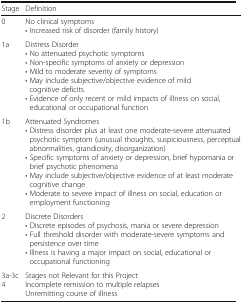
<table><thead><tr><td><b>Stage</b></td><td><b>Definition</b></td></tr></thead><tbody><tr><td>0</td><td>No clinical symptoms• Increased risk of disorder (family history)</td></tr><tr><td>1a</td><td>Distress Disorder• No attenuated psychotic symptoms• Non-specific symptoms of anxiety or depression• Mild to moderate severity of symptoms• May include subjective/objective evidence of mild cognitive deficits.• Evidence of only recent or mild impacts of illness on social, educational or occupational function</td></tr><tr><td>1b</td><td>Attenuated Syndromes• Distress disorder plus at least one moderate-severe attenuated psychotic symptom (unusual thoughts, suspiciousness, perceptual abnormalities, grandiosity, disorganization)• Specific symptoms of anxiety or depression, brief hypomania or brief psychotic phenomena• May include subjective/objective evidence of at least moderate cognitive change• Moderate to severe impact of illness on social, education or employment functioning</td></tr><tr><td>2</td><td>Discrete Disorders• Discrete episodes of psychosis, mania or severe depression• Full threshold disorder with moderate-severe symptoms and persistence over time• Illness is having a major impact on social, educational or occupational functioning</td></tr><tr><td>3a-3c4</td><td>Stages not Relevant for this ProjectIncomplete remission to multiple relapsesUnremitting course of illness</td></tr></tbody></table>